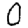
Digit: 0